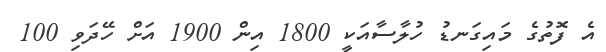
އެ ފޮތުގެ މައިގަނޑު ހުލާސާއަކީ 1800 އިން 1900 އަށް ހޭދަވި 100